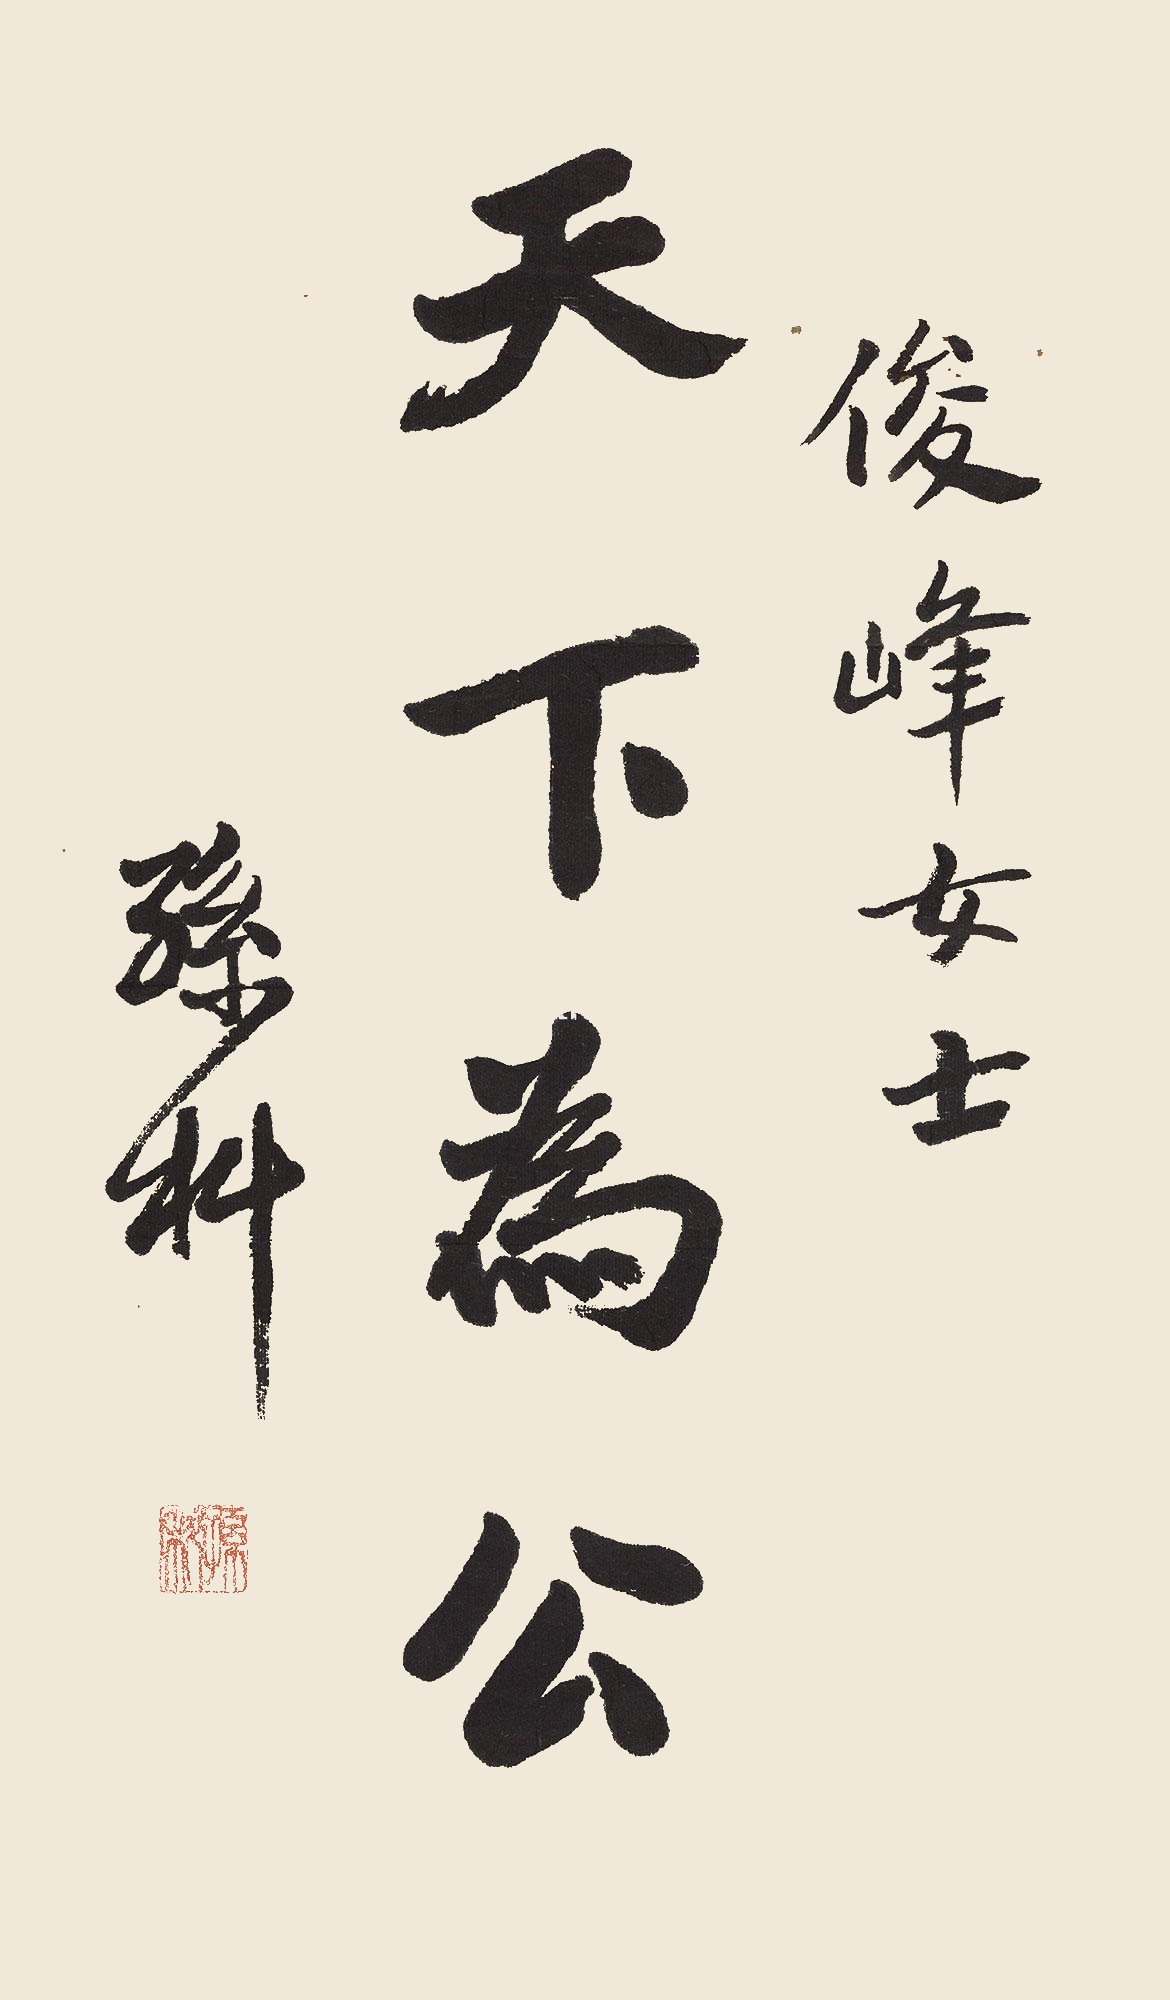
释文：天下为公俊峰女士，孙科。